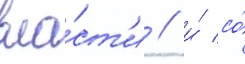
вла́ст'и / и́ со́